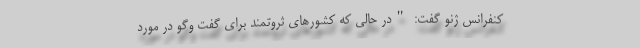
کنفرانس ژنو گفت: "در حالی که کشورهای ثروتمند برای گفت وگو در مورد